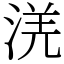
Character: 㳾